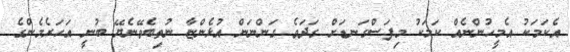
އެކަމަކު އެމީހުންނެއް ކަމަކު މިފަސްގަނޑަށް ގަދަވެ ގަންނަން އުޅެންޏާ ނުތިބެވޭނެޔޭ ބުނީ އަހަރެމެންގެ